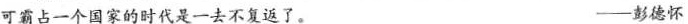
可霸占一个国家的时代是一去不复返了。 -彭德怀